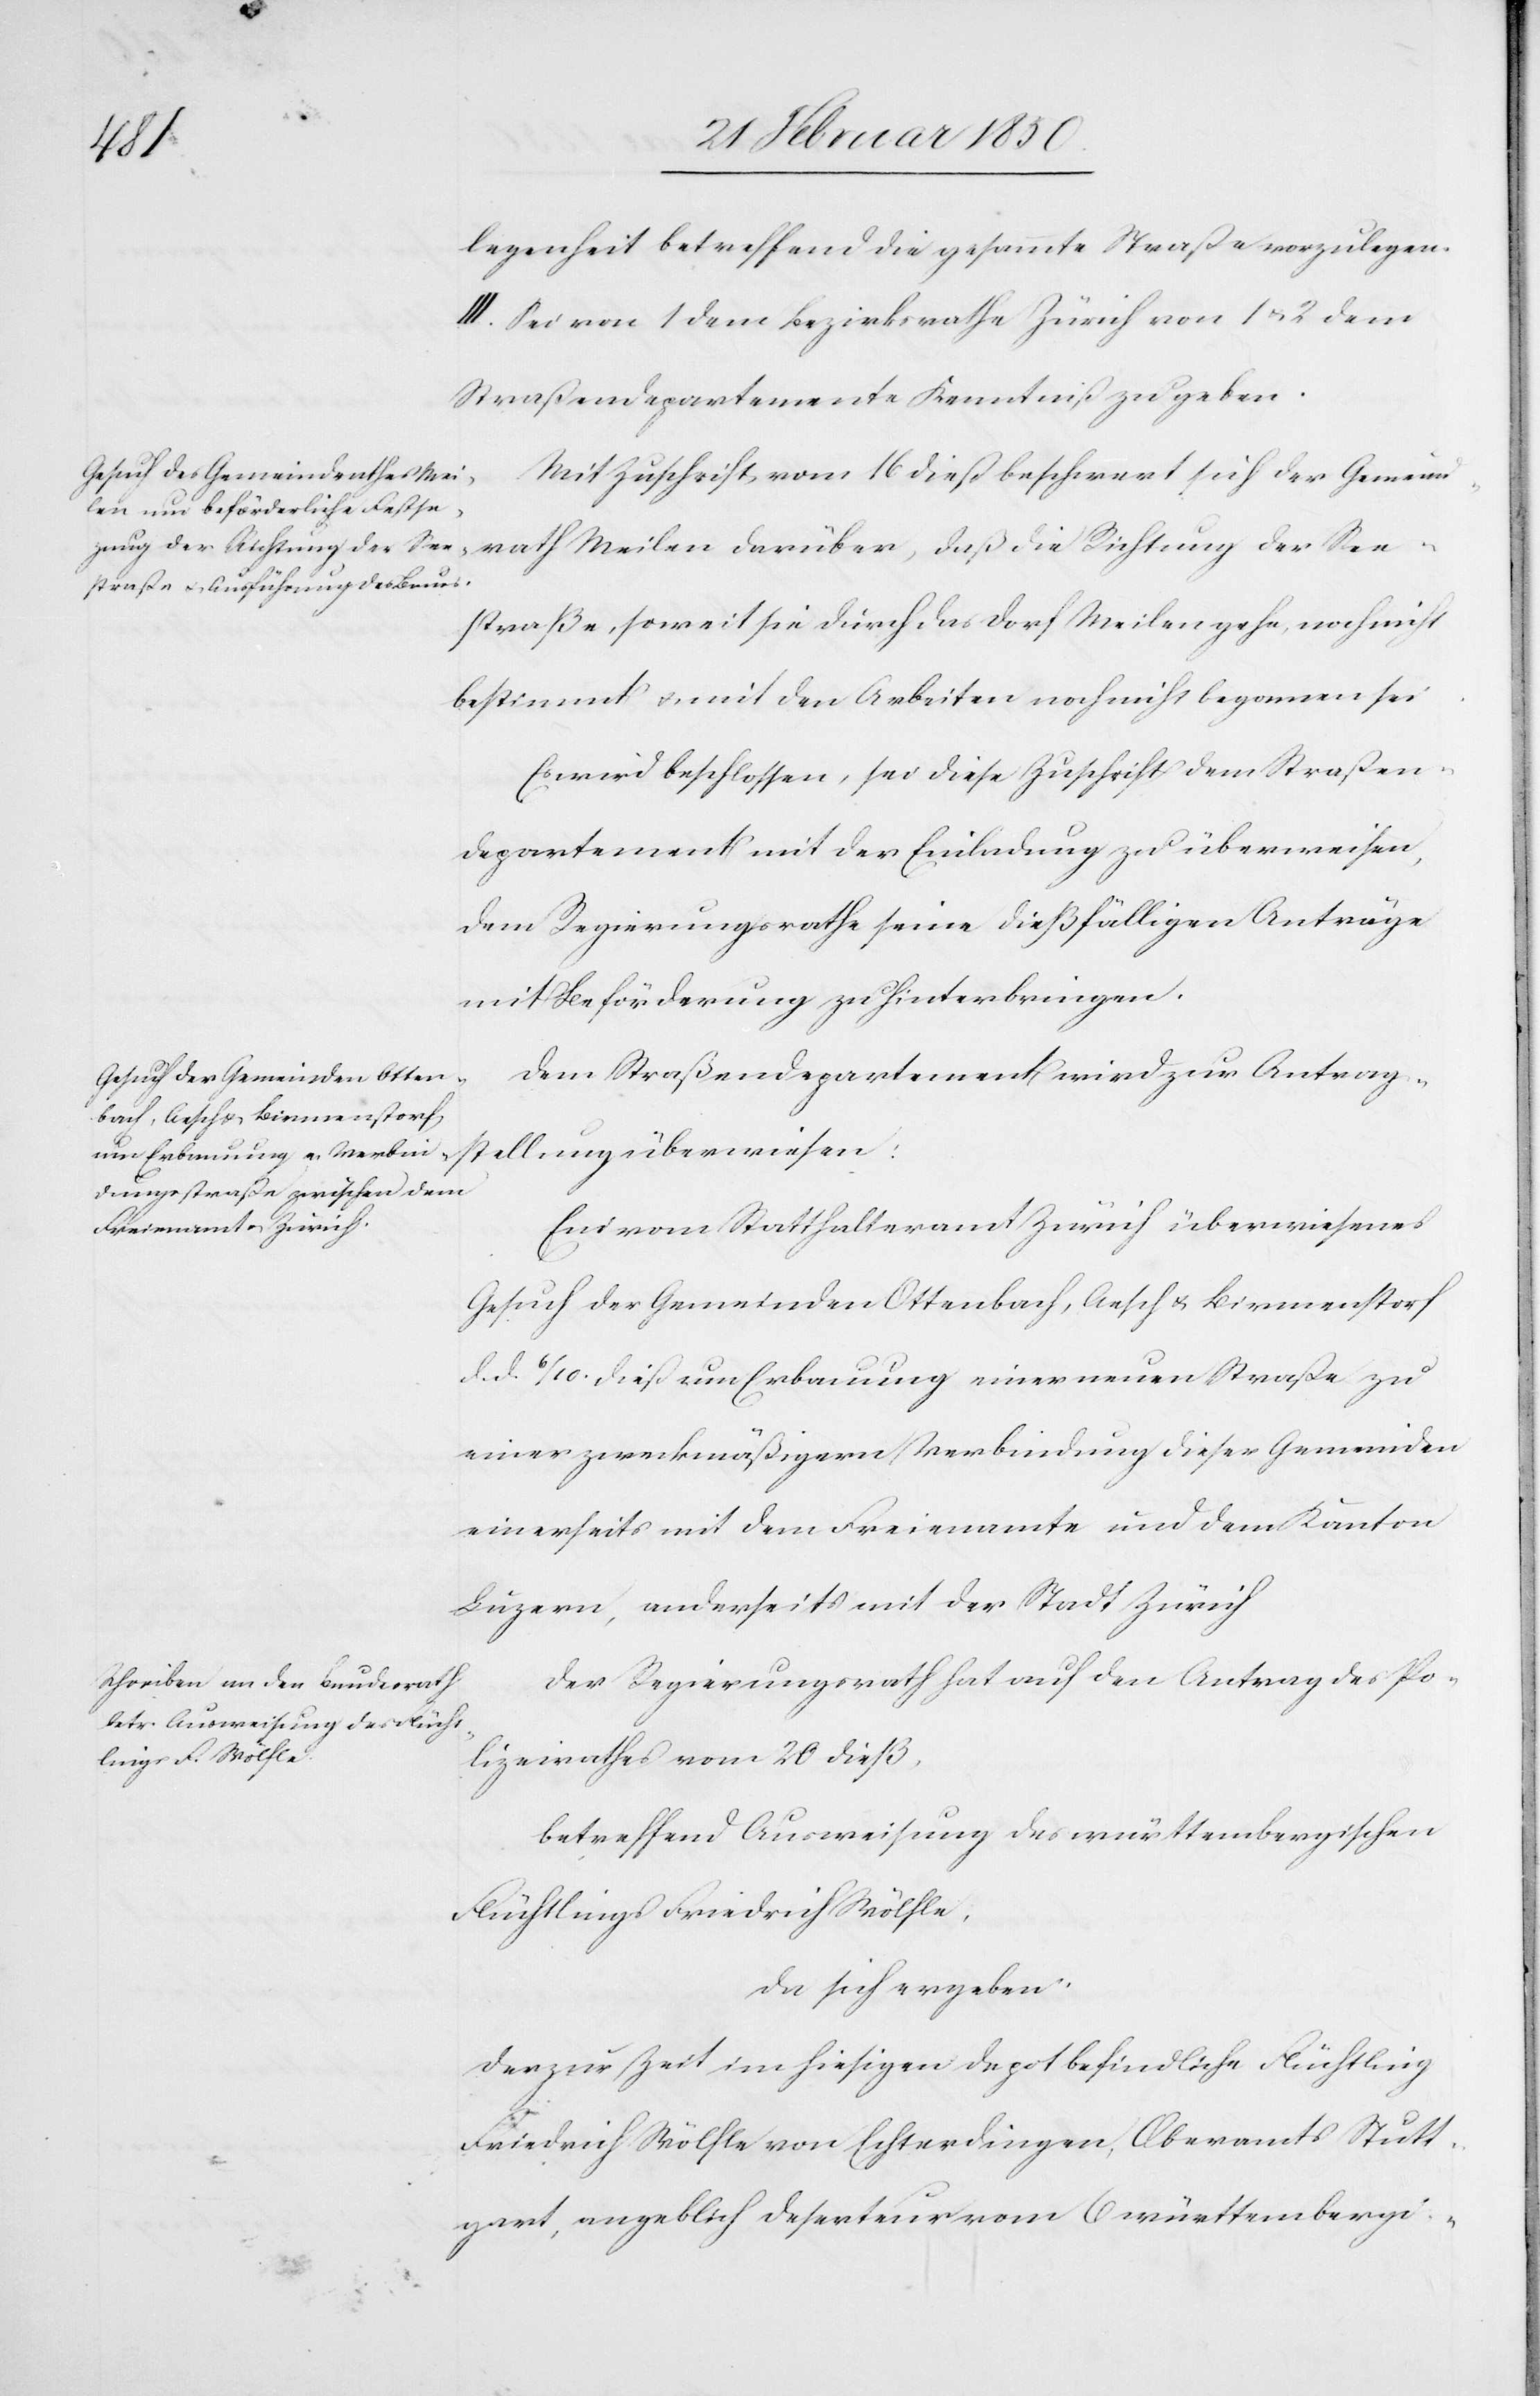
legenheit betreffend die gesammte Straße vorzulegen.
III. Sei von 1 dem Bezirksrathe Zürich von 1 u. 2 dem
Straßendepartemente Kenntniß zu geben.
Mit Zuschrift vom 16 dieß beschwert sich der Gemein¬
drath Meilen darüber, daß die Richtung der See¬
straße, soweit sie durch das Dorf Meilen gehe, noch nicht
bestimmt u. mit den Arbeiten noch nicht begonnen sei.
Es wird beschlossen, sei diese Zuschrift dem Straßen¬
departement mit der Einladung zu überweisen,
dem Regierungsrathe seine dießfälligen Anträge
mit Beförderung zu hinterbringen.
Dem Straßendepartement wird zur Antrag¬
stellung überwiesen:
Ein vom Statthalteramt Zürich überwiesenes
Gesuch der Gemeinden Ottenbach, Aesch u. Birmenstorf
d. d. 6/10. dieß um Erbauung einer neuen Straße zu
einer zweckmäßigern Verbindung dieser Gemeinden
einerseits mit dem Freienamte und dem Kanton
Luzern, anderseits mit der Stadt Zürich.
Der Regierungsrath hat auf den Antrag des Po¬
lizeirathes vom 20 dieß,
betreffend Ausweisung des württembergischen
Flüchtlings Friedrich Wölfle,
da sich ergeben:
Der zur Zeit im hiesigen Depot befindliche Flüchtling
Friedrich Wölfle von Echterdingen, Oberamts Stutt¬
gart, angeblich Deserteur vom 6 württembergi-